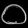
Digit: ၀